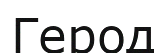
Герод